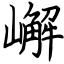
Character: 嶰